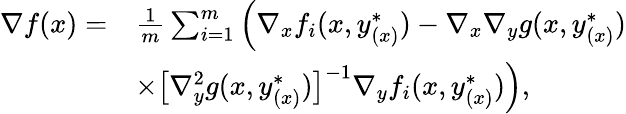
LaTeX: \begin{array}{rl}{\nabla f(x)=}&{\frac{1}{m}\sum_{i=1}^{m}\Big(\nabla_{x}f_{i}(x,y_{(x)}^{*})-\nabla_{x}\nabla_{y}g(x,y_{(x)}^{*})}\\ &{\times\big[\nabla_{y}^{2}g(x,y_{(x)}^{*})\big]^{-1}\nabla_{y}f_{i}(x,y_{(x)}^{*})\Big),}\end{array}